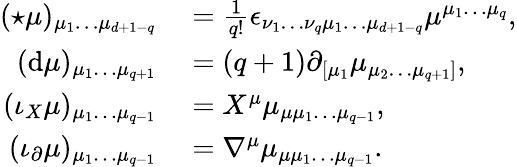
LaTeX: \begin{array}{rl}{({\star\mu})_{\mu_{1}\ldots\mu_{d+1-q}}}&{{}=\frac{1}{q!}\epsilon_{\nu_{1}\ldots\nu_{q}\mu_{1}\ldots\mu_{d+1-q}}\mu^{\mu_{1}\ldots\mu_{q}},}\\ {(\mathrm{d}\mu)_{\mu_{1}\ldots\mu_{q+1}}}&{{}=(q+1)\partial_{[\mu_{1}}\mu_{\mu_{2}\ldots\mu_{q+1}]},}\\ {(\iota_{X}\mu)_{\mu_{1}\ldots\mu_{q-1}}}&{{}=X^{\mu}\mu_{\mu\mu_{1}\ldots\mu_{q-1}},}\\ {(\iota_{\partial}\mu)_{\mu_{1}\ldots\mu_{q-1}}}&{{}=\nabla^{\mu}\mu_{\mu\mu_{1}\ldots\mu_{q-1}}.}\end{array}